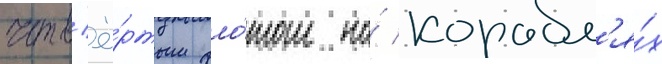
четв'ё́ртым фло́том на́ корабл'я́х